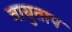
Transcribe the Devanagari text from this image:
वायुताप